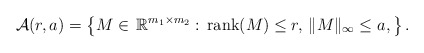
\begin{align*} {\cal A}(r,a) &= \left \{ M \in\,\mathbb R^{m_1\times m_2}:\, \mathrm{rank}(M)\leq r,\,\Vert M\Vert_{\infty}\leq a, \right \}. \end{align*}